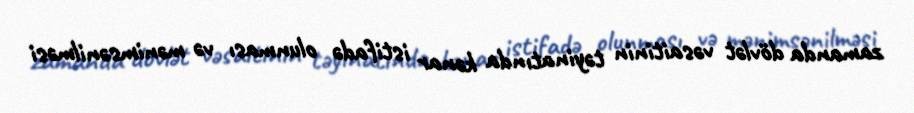
zamanda dövlət vəsaitinin təyinatında kənar istifadə olunması və mənimsənilməsi